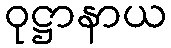
ဝုဋ္ဌာနာယ